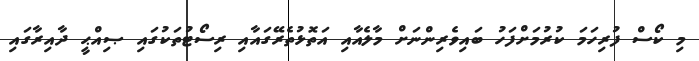
މި ކޯސް ފުރިހަމަ ކުރުމަށްފަހު ބައިވެރިންނަށް މާލެއާއި އަތޮޅުތެރޭގައާއި ރިސޯޓުތަކުގައި ޞިއްޙީ ދާއިރާގައި